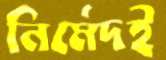
নির্মেদই